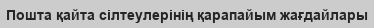
Пошта қайта сілтеулерінің қарапайым жағдайлары